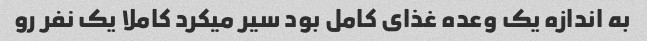
به اندازه یک وعده غذای کامل بود سیر میکرد کاملا یک نفر رو